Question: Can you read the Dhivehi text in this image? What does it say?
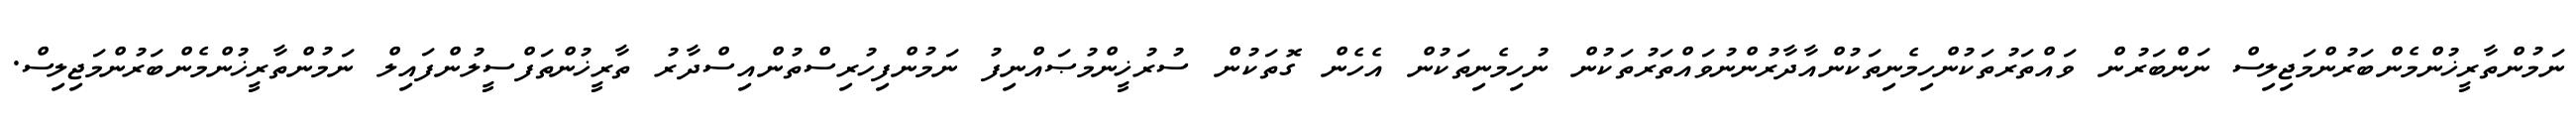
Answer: ނަމުންތާރީޚުންމެންބަރުންމަޖިލިސް ނަންބަރުން ވައްތަރުތަކުންހިމެނިތަކުންއާދާރުންނުވައްތަރުތަކުން ނުހިމެނިތަކުން އެހެން ގޮތަކުން ސުރުޚީންމުޞައްނިފު ނަމުންފިހުރިސްތުންއިސްދާރު ތާރީޚުންތަފްސީލުންފައިލް ނަމުންތާރީޚުންމެންބަރުންމަޖިލިސް.